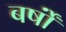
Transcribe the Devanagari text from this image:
बर्षोंं